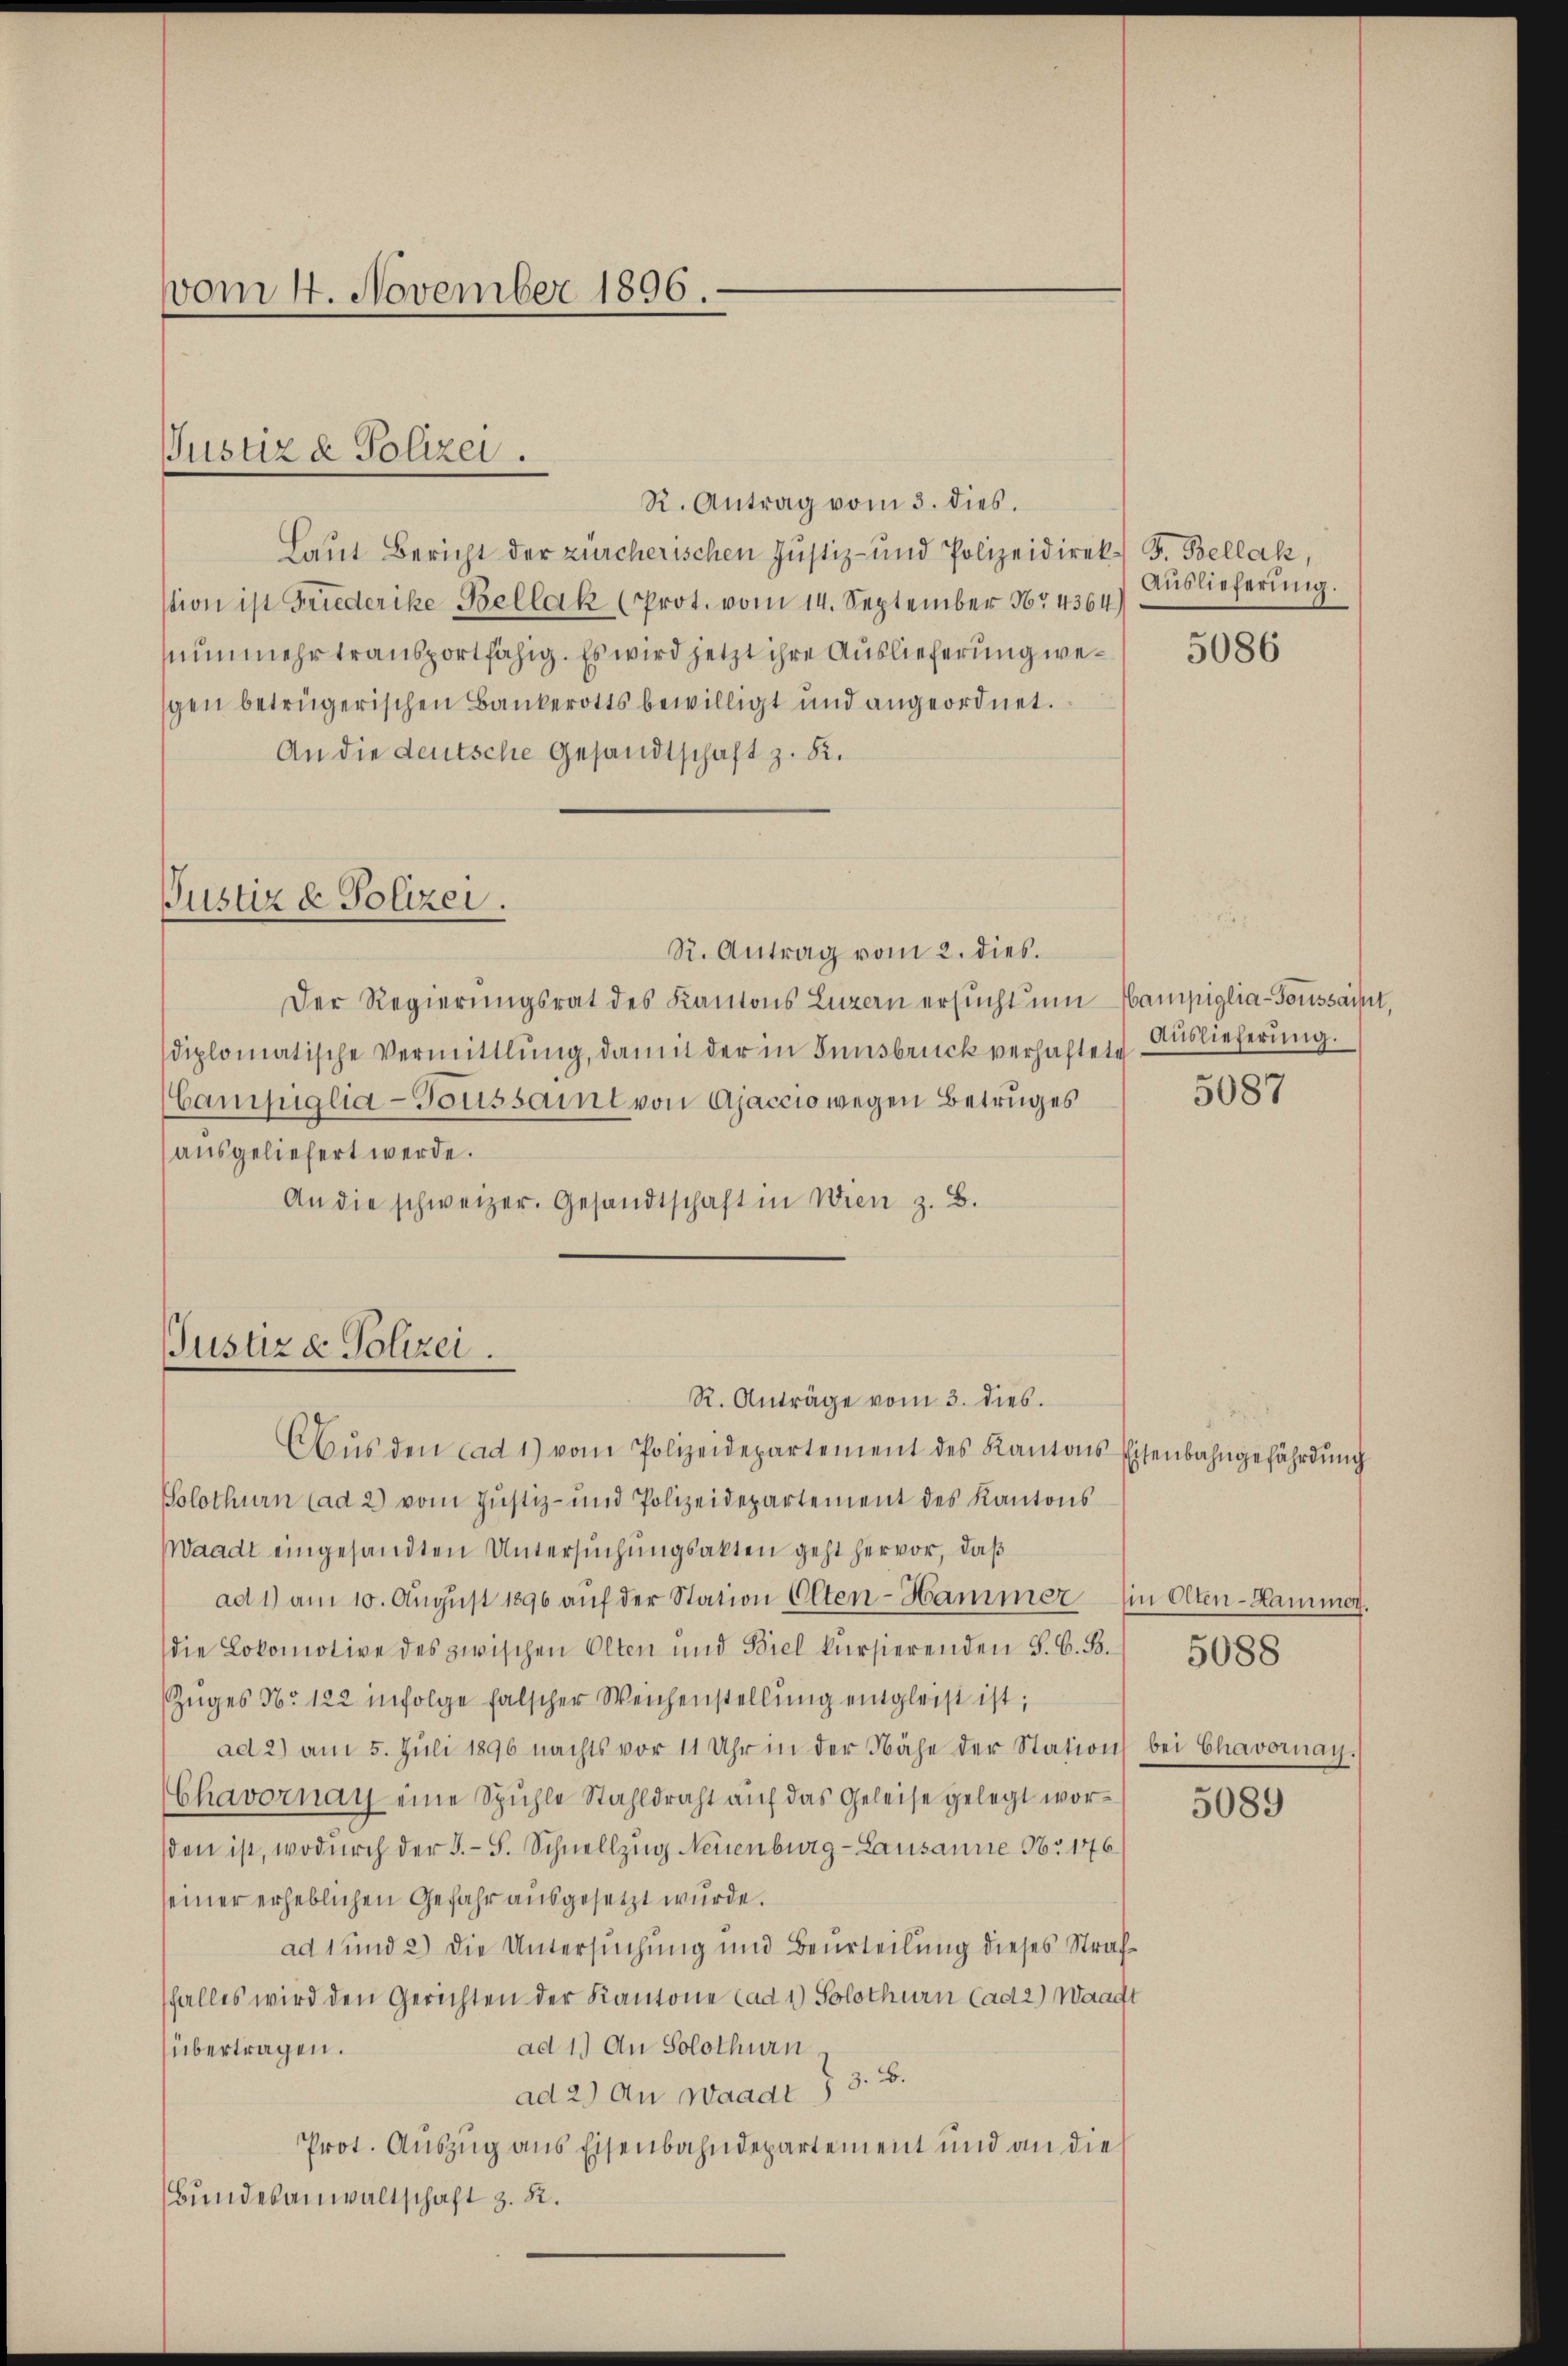
vom 4. November 1896.

Justiz & Polizei.

R. Antrag vom 3. dies.
Laut Bericht der zürcherischen Justiz- und Polizeidirek F. Bellak,
stion ist Friederike Bellak (Prot. vom 14. September 14364)
nunmehr transportfähig. Es wird jetzt ihre Auslieferung wegen betrügerischen Bankerotts bewilligt und angeordnet.
An die deutsche Gesandtschaft z. B.

Pustiz & Polizei.
R. Antrag vom 2. dies

Justiz & Polizei.
R. Anträge vom 3. dies

Der Regierŭngsrat des Kantons Luzern ersŭcht ŭm Hampiglia-Toussacht.
diplomatische Vermittlŭng, damit der in Innsbruck verhaftet. Auslieferŭng.
Campiglia-Toussamt von Ajaccio wegen Betruges
ausgeliefert werde.
An die schweizer. Gesandtschaft in Wien z. B.

Auslieferung.

Aŭs den cad 1) vom Polizeidepartement des Kantons Eisenbahngefährdŭng
Solothurn (ad 2) vom Jŭstiz- und Polizeidepartement des Kantons
Waadt eingesandten Untersuchungsakten geht hervor, daß
ad 1) am 10. Aŭgŭst 1890 aŭf der Station Olten-Hammer (in Olten-Hammer.
die Lokomotive des zwischen Olten und Biel kursierenden S. G. B.
Zuges No 122 infolge falscher Weichenstellung entgleist ist;
ad 2) am 5. Jŭli 1896 nachts vor 11 Uhr in der Nähe der Station bei Chavornay.
Chavornay eine Spühle Stahldraht auf das Geleise gelegt worsden ist, wodurch der S. S. Schnellzug Neuenburg-Lausanne No. 1776.
seiner erheblichen Gefahr ausgesetzt wurde.
ad 1 und 2) Die Untersuchung und Beurteilung dieses Straffalles wird den Gerichten der Kantone (ad 1.) Solothurn (ad 2) Waadt
ad 1.) An Solothurn
übertragen.
ad 2.) An Waadt § 3. B.
Prot. Auszug aus Eisenbahndepartement und an die
Bundesanwaltschaft z. 22.

5086

5087

5088

5089